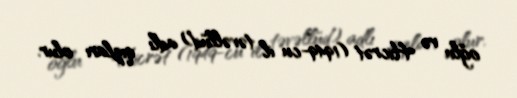
oğlu və Hicrət (1949-cu il təvəllüd) adlı qızları olur.